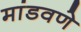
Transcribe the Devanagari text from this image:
मांडवणे